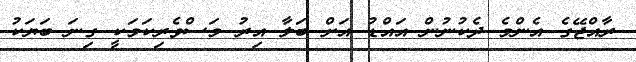
ރާއްޖޭގެ އެންމެ ދެކުނުން އައްޑު އަށް ބަލާ އިރު މަސްވެރިކަމަކީ ގިނަ ބަޔަކު